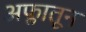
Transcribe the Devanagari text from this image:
अफ्लातून